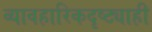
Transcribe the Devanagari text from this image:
व्यावहारिकदृष्ट्याही